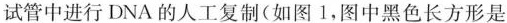
试管中进行DNA的人工复制(如图1，图中黑色长方形是